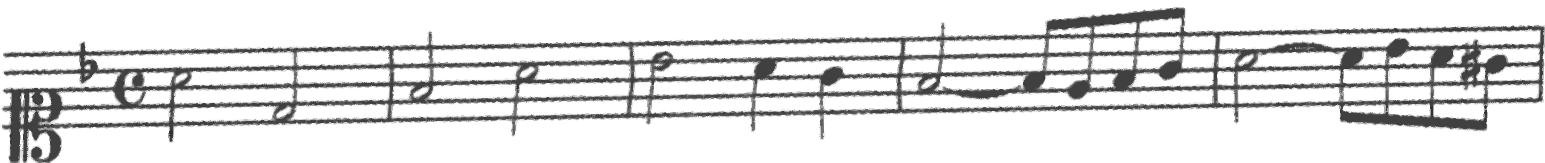
Transcription: clef-C1 keySignature-FM timeSignature-C note-A4_half note-D4_half barline note-F4_half note-A4_half barline note-Bb4_half note-A4_quarter note-G4_quarter barline note-F4_half tie note-F4_eighth note-E4_eighth note-F4_eighth note-G4_eighth barline note-A4_half tie note-A4_eighth note-Bb4_eighth note-A4_eighth note-G#4_eighth barline